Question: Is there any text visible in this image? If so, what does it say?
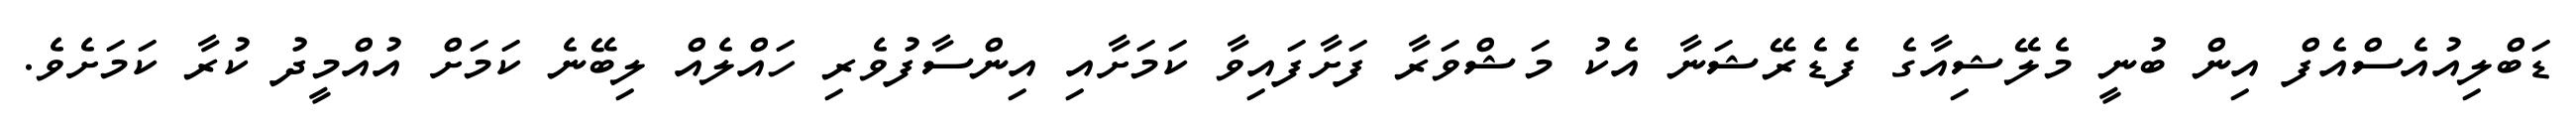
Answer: ޑަބްލިއުއެސްއެފް އިން ބުނީ މެލޭޝިއާގެ ފެޑެރޭޝަނާ އެކު މަޝްވަރާ ފަށާފައިވާ ކަމަށާއި އިންސާފުވެރި ހައްލެއް ލިބޭނެ ކަމަށް އުއްމީދު ކުރާ ކަމަށެވެ.